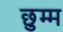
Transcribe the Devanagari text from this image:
छुम्म